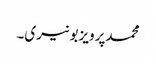
محمدپرویزبونیری۔